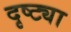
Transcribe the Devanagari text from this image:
दृष्‍ट्या